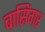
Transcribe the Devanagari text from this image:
बासिंगर